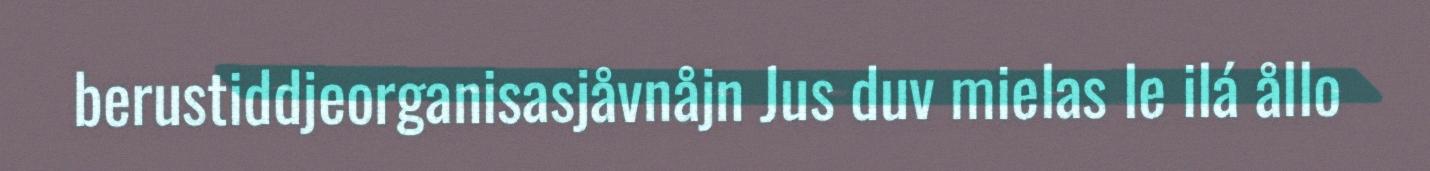
berustiddjeorganisasjåvnåjn Jus duv mielas le ilá ållo